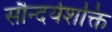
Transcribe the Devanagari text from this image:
सौन्दर्यशक्ति